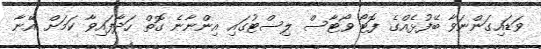
ވަޑައިގަންނަވާ ބޭފުޅެއްގެ ފޮޓޯ ވޯޓާސް ލިސްޓުގައި އިންނާނެ ގޮތް ހަދާފައިވާ ކަމަށް އޭނާ